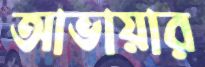
আভায়ার